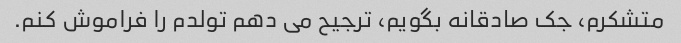
متشکرم، جک صادقانه بگویم، ترجیح می دهم تولدم را فراموش کنم.